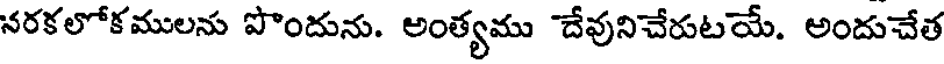
నరకలోకములను పొందును. అంత్యము దేవునిచేరుటయే. అందుచేత